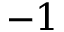
- 1